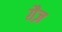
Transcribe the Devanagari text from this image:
ग़ैज़